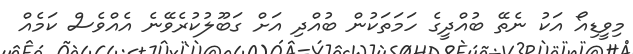
މިވީޑިއޯ އަކު ނެތޭ ބުއްދީގެ ހަމަތަކުން ބުއްދި އަށް ގަބޫލުކުރެވޭނެ އެއްވެސް ކަމެއް